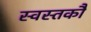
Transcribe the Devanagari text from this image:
स्वस्तकौ